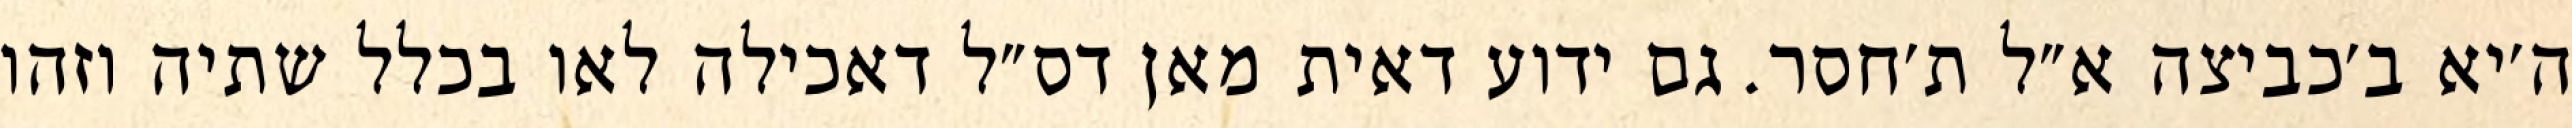
ה׳יא ב׳כביצה א״ל ת׳חסר. גם ידוע דאית מאן דס״ל דאכילה לאו בכלל שתיה וזהו